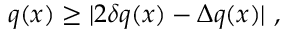
q ( x ) \geq | 2 \delta q ( x ) - \Delta q ( x ) | \ ,